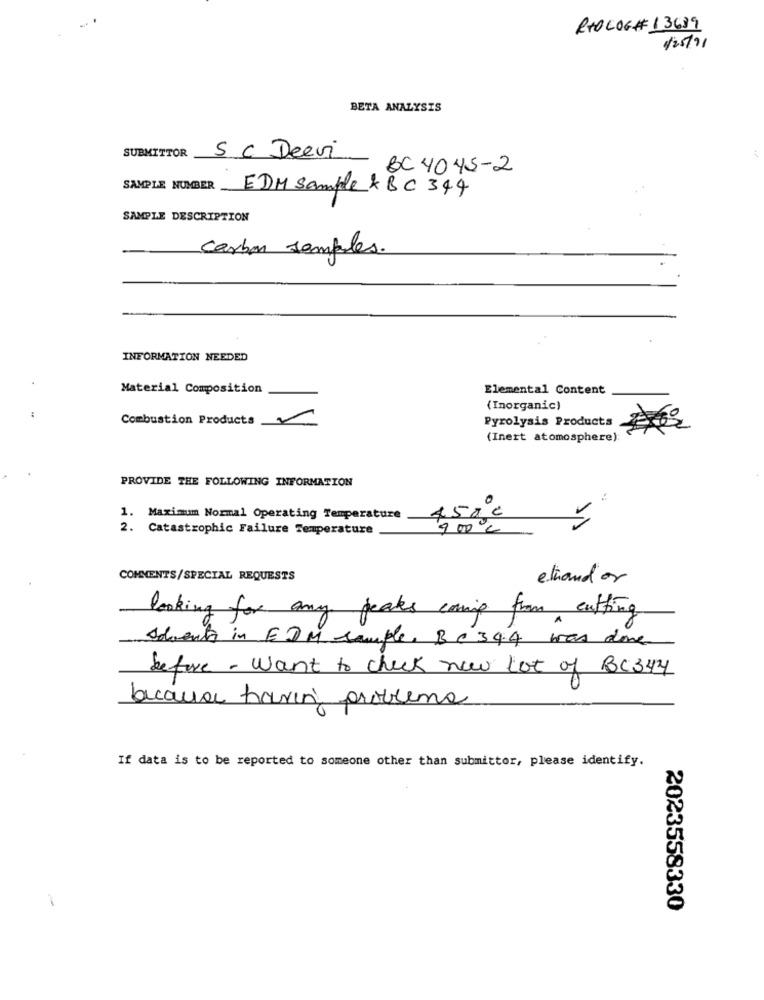
RTOLOG# 13689
/25/91
BETA ANALYSIS
SUBMITTOR SC Deevi
- BC 4045-2
SAMPLE NUMBER
EDM Sample & BC 344
SAMPLE DESCRIPTION
Carbon samples.
INFORMATION NEEDED
Material Composition
Elemental Content
(Inorganic)
Combustion Products
Pyrolysis Products
(Inert atomosphere):
PROVIDE THE FOLLOWING INFORMATION
450 €
-
1. Maximum Normal Operating Temperature
2.
Catastrophic Failure Temperature
9 00℃
COMMENTS/SPECIAL REQUESTS
ethandor
looking for any peaks comp from cutting
Advents in EDM sample, B C 344 was done
before - want to check new lot of BC344
because havin problems
If data is to be reported to someone other than submittor, please identify.
1
2023558330